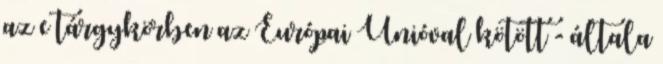
az e tárgykörben az Európai Unióval kötött - általa